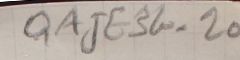
QAJE 3G-20